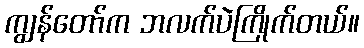
ကျွန်တော်က ဘလက်ပဲကြိုက်တယ်။